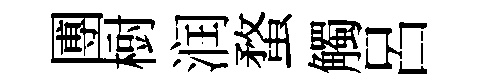
圑𣗳润蝥觸呂